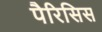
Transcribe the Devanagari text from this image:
पैरिसिस